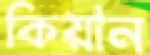
কিয়ান